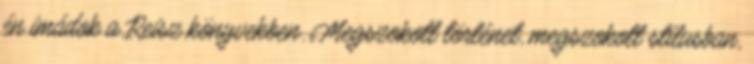
én imádok a Reisz könyvekben. Megszokott történet, megszokott stílusban,